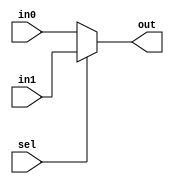
module coreir_mux #(parameter width=1) (
  input [width-1:0] in0,
  input [width-1:0] in1,
  input sel,
  output [width-1:0] out
);
  assign out = sel ? in1 : in0;

endmodule  // coreir_mux

// Generated from commonlib.muxn(N:2, width:16)
module muxn_U7 (
  input [15:0] in_data_0,
  input [15:0] in_data_1,
  input [0:0] in_sel,
  output [15:0] out
);


  // Instancing generated Module: coreir.mux(width:16)
  wire [15:0] _join__in0;
  wire [15:0] _join__in1;
  wire [15:0] _join__out;
  wire  _join__sel;
  coreir_mux #(.width(16)) _join(
    .in0(_join__in0),
    .in1(_join__in1),
    .out(_join__out),
    .sel(_join__sel)
  );

  assign _join__in0[15:0] = in_data_0[15:0];

  assign _join__in1[15:0] = in_data_1[15:0];

  assign out[15:0] = _join__out[15:0];

  assign _join__sel = in_sel[0];


endmodule  // muxn_U7

module coreir_reg #(parameter clk_posedge=1, parameter init=1, parameter width=1) (
  input clk,
  input [width-1:0] in,
  output [width-1:0] out
);
  reg [width-1:0] outReg=init;
  wire real_clk;
  assign real_clk = clk_posedge ? clk : ~clk;
  always @(posedge real_clk) begin
    outReg <= in;
  end
  assign out = outReg;

endmodule  // coreir_reg

module coreir_slice #(parameter hi=1, parameter lo=1, parameter width=1) (
  input [width-1:0] in,
  output [hi-lo-1:0] out
);
  assign out = in[hi-1:lo];

endmodule  // coreir_slice

// Generated from commonlib.muxn(N:4, width:16)
module muxn_U5 (
  input [15:0] in_data_0,
  input [15:0] in_data_1,
  input [15:0] in_data_2,
  input [15:0] in_data_3,
  input [1:0] in_sel,
  output [15:0] out
);


  // Instancing generated Module: coreir.mux(width:16)
  wire [15:0] _join__in0;
  wire [15:0] _join__in1;
  wire [15:0] _join__out;
  wire  _join__sel;
  coreir_mux #(.width(16)) _join(
    .in0(_join__in0),
    .in1(_join__in1),
    .out(_join__out),
    .sel(_join__sel)
  );

  // Instancing generated Module: commonlib.muxn(N:2, width:16)
  wire [15:0] muxN_0__in_data_0;
  wire [15:0] muxN_0__in_data_1;
  wire [0:0] muxN_0__in_sel;
  wire [15:0] muxN_0__out;
  muxn_U7 muxN_0(
    .in_data_0(muxN_0__in_data_0),
    .in_data_1(muxN_0__in_data_1),
    .in_sel(muxN_0__in_sel),
    .out(muxN_0__out)
  );

  // Instancing generated Module: commonlib.muxn(N:2, width:16)
  wire [15:0] muxN_1__in_data_0;
  wire [15:0] muxN_1__in_data_1;
  wire [0:0] muxN_1__in_sel;
  wire [15:0] muxN_1__out;
  muxn_U7 muxN_1(
    .in_data_0(muxN_1__in_data_0),
    .in_data_1(muxN_1__in_data_1),
    .in_sel(muxN_1__in_sel),
    .out(muxN_1__out)
  );

  // Instancing generated Module: coreir.slice(hi:1, lo:0, width:2)
  wire [1:0] sel_slice0__in;
  wire [0:0] sel_slice0__out;
  coreir_slice #(.hi(1),.lo(0),.width(2)) sel_slice0(
    .in(sel_slice0__in),
    .out(sel_slice0__out)
  );

  // Instancing generated Module: coreir.slice(hi:1, lo:0, width:2)
  wire [1:0] sel_slice1__in;
  wire [0:0] sel_slice1__out;
  coreir_slice #(.hi(1),.lo(0),.width(2)) sel_slice1(
    .in(sel_slice1__in),
    .out(sel_slice1__out)
  );

  assign _join__in0[15:0] = muxN_0__out[15:0];

  assign _join__in1[15:0] = muxN_1__out[15:0];

  assign out[15:0] = _join__out[15:0];

  assign _join__sel = in_sel[1];

  assign muxN_0__in_data_0[15:0] = in_data_0[15:0];

  assign muxN_0__in_data_1[15:0] = in_data_1[15:0];

  assign muxN_0__in_sel[0:0] = sel_slice0__out[0:0];

  assign muxN_1__in_data_0[15:0] = in_data_2[15:0];

  assign muxN_1__in_data_1[15:0] = in_data_3[15:0];

  assign muxN_1__in_sel[0:0] = sel_slice1__out[0:0];

  assign sel_slice0__in[1:0] = in_sel[1:0];

  assign sel_slice1__in[1:0] = in_sel[1:0];


endmodule  // muxn_U5

// Generated from commonlib.muxn(N:8, width:16)
module muxn_U3 (
  input [15:0] in_data_0,
  input [15:0] in_data_1,
  input [15:0] in_data_2,
  input [15:0] in_data_3,
  input [15:0] in_data_4,
  input [15:0] in_data_5,
  input [15:0] in_data_6,
  input [15:0] in_data_7,
  input [2:0] in_sel,
  output [15:0] out
);


  // Instancing generated Module: coreir.mux(width:16)
  wire [15:0] _join__in0;
  wire [15:0] _join__in1;
  wire [15:0] _join__out;
  wire  _join__sel;
  coreir_mux #(.width(16)) _join(
    .in0(_join__in0),
    .in1(_join__in1),
    .out(_join__out),
    .sel(_join__sel)
  );

  // Instancing generated Module: commonlib.muxn(N:4, width:16)
  wire [15:0] muxN_0__in_data_0;
  wire [15:0] muxN_0__in_data_1;
  wire [15:0] muxN_0__in_data_2;
  wire [15:0] muxN_0__in_data_3;
  wire [1:0] muxN_0__in_sel;
  wire [15:0] muxN_0__out;
  muxn_U5 muxN_0(
    .in_data_0(muxN_0__in_data_0),
    .in_data_1(muxN_0__in_data_1),
    .in_data_2(muxN_0__in_data_2),
    .in_data_3(muxN_0__in_data_3),
    .in_sel(muxN_0__in_sel),
    .out(muxN_0__out)
  );

  // Instancing generated Module: commonlib.muxn(N:4, width:16)
  wire [15:0] muxN_1__in_data_0;
  wire [15:0] muxN_1__in_data_1;
  wire [15:0] muxN_1__in_data_2;
  wire [15:0] muxN_1__in_data_3;
  wire [1:0] muxN_1__in_sel;
  wire [15:0] muxN_1__out;
  muxn_U5 muxN_1(
    .in_data_0(muxN_1__in_data_0),
    .in_data_1(muxN_1__in_data_1),
    .in_data_2(muxN_1__in_data_2),
    .in_data_3(muxN_1__in_data_3),
    .in_sel(muxN_1__in_sel),
    .out(muxN_1__out)
  );

  // Instancing generated Module: coreir.slice(hi:2, lo:0, width:3)
  wire [2:0] sel_slice0__in;
  wire [1:0] sel_slice0__out;
  coreir_slice #(.hi(2),.lo(0),.width(3)) sel_slice0(
    .in(sel_slice0__in),
    .out(sel_slice0__out)
  );

  // Instancing generated Module: coreir.slice(hi:2, lo:0, width:3)
  wire [2:0] sel_slice1__in;
  wire [1:0] sel_slice1__out;
  coreir_slice #(.hi(2),.lo(0),.width(3)) sel_slice1(
    .in(sel_slice1__in),
    .out(sel_slice1__out)
  );

  assign _join__in0[15:0] = muxN_0__out[15:0];

  assign _join__in1[15:0] = muxN_1__out[15:0];

  assign out[15:0] = _join__out[15:0];

  assign _join__sel = in_sel[2];

  assign muxN_0__in_data_0[15:0] = in_data_0[15:0];

  assign muxN_0__in_data_1[15:0] = in_data_1[15:0];

  assign muxN_0__in_data_2[15:0] = in_data_2[15:0];

  assign muxN_0__in_data_3[15:0] = in_data_3[15:0];

  assign muxN_0__in_sel[1:0] = sel_slice0__out[1:0];

  assign muxN_1__in_data_0[15:0] = in_data_4[15:0];

  assign muxN_1__in_data_1[15:0] = in_data_5[15:0];

  assign muxN_1__in_data_2[15:0] = in_data_6[15:0];

  assign muxN_1__in_data_3[15:0] = in_data_7[15:0];

  assign muxN_1__in_sel[1:0] = sel_slice1__out[1:0];

  assign sel_slice0__in[2:0] = in_sel[2:0];

  assign sel_slice1__in[2:0] = in_sel[2:0];


endmodule  // muxn_U3

// Generated from commonlib.muxn(N:16, width:16)
module muxn_U0 (
  input [15:0] in_data_0,
  input [15:0] in_data_1,
  input [15:0] in_data_10,
  input [15:0] in_data_11,
  input [15:0] in_data_12,
  input [15:0] in_data_13,
  input [15:0] in_data_14,
  input [15:0] in_data_15,
  input [15:0] in_data_2,
  input [15:0] in_data_3,
  input [15:0] in_data_4,
  input [15:0] in_data_5,
  input [15:0] in_data_6,
  input [15:0] in_data_7,
  input [15:0] in_data_8,
  input [15:0] in_data_9,
  input [3:0] in_sel,
  output [15:0] out
);


  // Instancing generated Module: coreir.mux(width:16)
  wire [15:0] _join__in0;
  wire [15:0] _join__in1;
  wire [15:0] _join__out;
  wire  _join__sel;
  coreir_mux #(.width(16)) _join(
    .in0(_join__in0),
    .in1(_join__in1),
    .out(_join__out),
    .sel(_join__sel)
  );

  // Instancing generated Module: commonlib.muxn(N:8, width:16)
  wire [15:0] muxN_0__in_data_0;
  wire [15:0] muxN_0__in_data_1;
  wire [15:0] muxN_0__in_data_2;
  wire [15:0] muxN_0__in_data_3;
  wire [15:0] muxN_0__in_data_4;
  wire [15:0] muxN_0__in_data_5;
  wire [15:0] muxN_0__in_data_6;
  wire [15:0] muxN_0__in_data_7;
  wire [2:0] muxN_0__in_sel;
  wire [15:0] muxN_0__out;
  muxn_U3 muxN_0(
    .in_data_0(muxN_0__in_data_0),
    .in_data_1(muxN_0__in_data_1),
    .in_data_2(muxN_0__in_data_2),
    .in_data_3(muxN_0__in_data_3),
    .in_data_4(muxN_0__in_data_4),
    .in_data_5(muxN_0__in_data_5),
    .in_data_6(muxN_0__in_data_6),
    .in_data_7(muxN_0__in_data_7),
    .in_sel(muxN_0__in_sel),
    .out(muxN_0__out)
  );

  // Instancing generated Module: commonlib.muxn(N:8, width:16)
  wire [15:0] muxN_1__in_data_0;
  wire [15:0] muxN_1__in_data_1;
  wire [15:0] muxN_1__in_data_2;
  wire [15:0] muxN_1__in_data_3;
  wire [15:0] muxN_1__in_data_4;
  wire [15:0] muxN_1__in_data_5;
  wire [15:0] muxN_1__in_data_6;
  wire [15:0] muxN_1__in_data_7;
  wire [2:0] muxN_1__in_sel;
  wire [15:0] muxN_1__out;
  muxn_U3 muxN_1(
    .in_data_0(muxN_1__in_data_0),
    .in_data_1(muxN_1__in_data_1),
    .in_data_2(muxN_1__in_data_2),
    .in_data_3(muxN_1__in_data_3),
    .in_data_4(muxN_1__in_data_4),
    .in_data_5(muxN_1__in_data_5),
    .in_data_6(muxN_1__in_data_6),
    .in_data_7(muxN_1__in_data_7),
    .in_sel(muxN_1__in_sel),
    .out(muxN_1__out)
  );

  // Instancing generated Module: coreir.slice(hi:3, lo:0, width:4)
  wire [3:0] sel_slice0__in;
  wire [2:0] sel_slice0__out;
  coreir_slice #(.hi(3),.lo(0),.width(4)) sel_slice0(
    .in(sel_slice0__in),
    .out(sel_slice0__out)
  );

  // Instancing generated Module: coreir.slice(hi:3, lo:0, width:4)
  wire [3:0] sel_slice1__in;
  wire [2:0] sel_slice1__out;
  coreir_slice #(.hi(3),.lo(0),.width(4)) sel_slice1(
    .in(sel_slice1__in),
    .out(sel_slice1__out)
  );

  assign _join__in0[15:0] = muxN_0__out[15:0];

  assign _join__in1[15:0] = muxN_1__out[15:0];

  assign out[15:0] = _join__out[15:0];

  assign _join__sel = in_sel[3];

  assign muxN_0__in_data_0[15:0] = in_data_0[15:0];

  assign muxN_0__in_data_1[15:0] = in_data_1[15:0];

  assign muxN_0__in_data_2[15:0] = in_data_2[15:0];

  assign muxN_0__in_data_3[15:0] = in_data_3[15:0];

  assign muxN_0__in_data_4[15:0] = in_data_4[15:0];

  assign muxN_0__in_data_5[15:0] = in_data_5[15:0];

  assign muxN_0__in_data_6[15:0] = in_data_6[15:0];

  assign muxN_0__in_data_7[15:0] = in_data_7[15:0];

  assign muxN_0__in_sel[2:0] = sel_slice0__out[2:0];

  assign muxN_1__in_data_0[15:0] = in_data_8[15:0];

  assign muxN_1__in_data_1[15:0] = in_data_9[15:0];

  assign muxN_1__in_data_2[15:0] = in_data_10[15:0];

  assign muxN_1__in_data_3[15:0] = in_data_11[15:0];

  assign muxN_1__in_data_4[15:0] = in_data_12[15:0];

  assign muxN_1__in_data_5[15:0] = in_data_13[15:0];

  assign muxN_1__in_data_6[15:0] = in_data_14[15:0];

  assign muxN_1__in_data_7[15:0] = in_data_15[15:0];

  assign muxN_1__in_sel[2:0] = sel_slice1__out[2:0];

  assign sel_slice0__in[3:0] = in_sel[3:0];

  assign sel_slice1__in[3:0] = in_sel[3:0];


endmodule  // muxn_U0

module Mux16xOut$Bits$16$$ (
  input [15:0] I0,
  input [15:0] I1,
  input [15:0] I10,
  input [15:0] I11,
  input [15:0] I12,
  input [15:0] I13,
  input [15:0] I14,
  input [15:0] I15,
  input [15:0] I2,
  input [15:0] I3,
  input [15:0] I4,
  input [15:0] I5,
  input [15:0] I6,
  input [15:0] I7,
  input [15:0] I8,
  input [15:0] I9,
  output [15:0] O,
  input [3:0] S
);


  // Instancing generated Module: commonlib.muxn(N:16, width:16)
  wire [15:0] coreir_commonlib_mux16x16_inst0__in_data_0;
  wire [15:0] coreir_commonlib_mux16x16_inst0__in_data_1;
  wire [15:0] coreir_commonlib_mux16x16_inst0__in_data_10;
  wire [15:0] coreir_commonlib_mux16x16_inst0__in_data_11;
  wire [15:0] coreir_commonlib_mux16x16_inst0__in_data_12;
  wire [15:0] coreir_commonlib_mux16x16_inst0__in_data_13;
  wire [15:0] coreir_commonlib_mux16x16_inst0__in_data_14;
  wire [15:0] coreir_commonlib_mux16x16_inst0__in_data_15;
  wire [15:0] coreir_commonlib_mux16x16_inst0__in_data_2;
  wire [15:0] coreir_commonlib_mux16x16_inst0__in_data_3;
  wire [15:0] coreir_commonlib_mux16x16_inst0__in_data_4;
  wire [15:0] coreir_commonlib_mux16x16_inst0__in_data_5;
  wire [15:0] coreir_commonlib_mux16x16_inst0__in_data_6;
  wire [15:0] coreir_commonlib_mux16x16_inst0__in_data_7;
  wire [15:0] coreir_commonlib_mux16x16_inst0__in_data_8;
  wire [15:0] coreir_commonlib_mux16x16_inst0__in_data_9;
  wire [3:0] coreir_commonlib_mux16x16_inst0__in_sel;
  wire [15:0] coreir_commonlib_mux16x16_inst0__out;
  muxn_U0 coreir_commonlib_mux16x16_inst0(
    .in_data_0(coreir_commonlib_mux16x16_inst0__in_data_0),
    .in_data_1(coreir_commonlib_mux16x16_inst0__in_data_1),
    .in_data_10(coreir_commonlib_mux16x16_inst0__in_data_10),
    .in_data_11(coreir_commonlib_mux16x16_inst0__in_data_11),
    .in_data_12(coreir_commonlib_mux16x16_inst0__in_data_12),
    .in_data_13(coreir_commonlib_mux16x16_inst0__in_data_13),
    .in_data_14(coreir_commonlib_mux16x16_inst0__in_data_14),
    .in_data_15(coreir_commonlib_mux16x16_inst0__in_data_15),
    .in_data_2(coreir_commonlib_mux16x16_inst0__in_data_2),
    .in_data_3(coreir_commonlib_mux16x16_inst0__in_data_3),
    .in_data_4(coreir_commonlib_mux16x16_inst0__in_data_4),
    .in_data_5(coreir_commonlib_mux16x16_inst0__in_data_5),
    .in_data_6(coreir_commonlib_mux16x16_inst0__in_data_6),
    .in_data_7(coreir_commonlib_mux16x16_inst0__in_data_7),
    .in_data_8(coreir_commonlib_mux16x16_inst0__in_data_8),
    .in_data_9(coreir_commonlib_mux16x16_inst0__in_data_9),
    .in_sel(coreir_commonlib_mux16x16_inst0__in_sel),
    .out(coreir_commonlib_mux16x16_inst0__out)
  );

  assign coreir_commonlib_mux16x16_inst0__in_data_0[15:0] = I0[15:0];

  assign coreir_commonlib_mux16x16_inst0__in_data_1[15:0] = I1[15:0];

  assign coreir_commonlib_mux16x16_inst0__in_data_10[15:0] = I10[15:0];

  assign coreir_commonlib_mux16x16_inst0__in_data_11[15:0] = I11[15:0];

  assign coreir_commonlib_mux16x16_inst0__in_data_12[15:0] = I12[15:0];

  assign coreir_commonlib_mux16x16_inst0__in_data_13[15:0] = I13[15:0];

  assign coreir_commonlib_mux16x16_inst0__in_data_14[15:0] = I14[15:0];

  assign coreir_commonlib_mux16x16_inst0__in_data_15[15:0] = I15[15:0];

  assign coreir_commonlib_mux16x16_inst0__in_data_2[15:0] = I2[15:0];

  assign coreir_commonlib_mux16x16_inst0__in_data_3[15:0] = I3[15:0];

  assign coreir_commonlib_mux16x16_inst0__in_data_4[15:0] = I4[15:0];

  assign coreir_commonlib_mux16x16_inst0__in_data_5[15:0] = I5[15:0];

  assign coreir_commonlib_mux16x16_inst0__in_data_6[15:0] = I6[15:0];

  assign coreir_commonlib_mux16x16_inst0__in_data_7[15:0] = I7[15:0];

  assign coreir_commonlib_mux16x16_inst0__in_data_8[15:0] = I8[15:0];

  assign coreir_commonlib_mux16x16_inst0__in_data_9[15:0] = I9[15:0];

  assign coreir_commonlib_mux16x16_inst0__in_sel[3:0] = S[3:0];

  assign O[15:0] = coreir_commonlib_mux16x16_inst0__out[15:0];


endmodule  // Mux16xOut$Bits$16$$

module ROM (
  input  CLK,
  input [3:0] RADDR,
  output [15:0] RDATA
);


  wire [15:0] Mux16xOut$Bits$16$$_inst0__I0;
  wire [15:0] Mux16xOut$Bits$16$$_inst0__I1;
  wire [15:0] Mux16xOut$Bits$16$$_inst0__I10;
  wire [15:0] Mux16xOut$Bits$16$$_inst0__I11;
  wire [15:0] Mux16xOut$Bits$16$$_inst0__I12;
  wire [15:0] Mux16xOut$Bits$16$$_inst0__I13;
  wire [15:0] Mux16xOut$Bits$16$$_inst0__I14;
  wire [15:0] Mux16xOut$Bits$16$$_inst0__I15;
  wire [15:0] Mux16xOut$Bits$16$$_inst0__I2;
  wire [15:0] Mux16xOut$Bits$16$$_inst0__I3;
  wire [15:0] Mux16xOut$Bits$16$$_inst0__I4;
  wire [15:0] Mux16xOut$Bits$16$$_inst0__I5;
  wire [15:0] Mux16xOut$Bits$16$$_inst0__I6;
  wire [15:0] Mux16xOut$Bits$16$$_inst0__I7;
  wire [15:0] Mux16xOut$Bits$16$$_inst0__I8;
  wire [15:0] Mux16xOut$Bits$16$$_inst0__I9;
  wire [15:0] Mux16xOut$Bits$16$$_inst0__O;
  wire [3:0] Mux16xOut$Bits$16$$_inst0__S;
  Mux16xOut$Bits$16$$ Mux16xOut$Bits$16$$_inst0(
    .I0(Mux16xOut$Bits$16$$_inst0__I0),
    .I1(Mux16xOut$Bits$16$$_inst0__I1),
    .I10(Mux16xOut$Bits$16$$_inst0__I10),
    .I11(Mux16xOut$Bits$16$$_inst0__I11),
    .I12(Mux16xOut$Bits$16$$_inst0__I12),
    .I13(Mux16xOut$Bits$16$$_inst0__I13),
    .I14(Mux16xOut$Bits$16$$_inst0__I14),
    .I15(Mux16xOut$Bits$16$$_inst0__I15),
    .I2(Mux16xOut$Bits$16$$_inst0__I2),
    .I3(Mux16xOut$Bits$16$$_inst0__I3),
    .I4(Mux16xOut$Bits$16$$_inst0__I4),
    .I5(Mux16xOut$Bits$16$$_inst0__I5),
    .I6(Mux16xOut$Bits$16$$_inst0__I6),
    .I7(Mux16xOut$Bits$16$$_inst0__I7),
    .I8(Mux16xOut$Bits$16$$_inst0__I8),
    .I9(Mux16xOut$Bits$16$$_inst0__I9),
    .O(Mux16xOut$Bits$16$$_inst0__O),
    .S(Mux16xOut$Bits$16$$_inst0__S)
  );

  // Instancing generated Module: coreir.reg(width:16)
  wire  reg_P_inst0__clk;
  wire [15:0] reg_P_inst0__in;
  wire [15:0] reg_P_inst0__out;
  coreir_reg #(.clk_posedge(1),.init(16'h6f67),.width(16)) reg_P_inst0(
    .clk(reg_P_inst0__clk),
    .in(reg_P_inst0__in),
    .out(reg_P_inst0__out)
  );

  // Instancing generated Module: coreir.reg(width:16)
  wire  reg_P_inst1__clk;
  wire [15:0] reg_P_inst1__in;
  wire [15:0] reg_P_inst1__out;
  coreir_reg #(.clk_posedge(1),.init(16'h4481),.width(16)) reg_P_inst1(
    .clk(reg_P_inst1__clk),
    .in(reg_P_inst1__in),
    .out(reg_P_inst1__out)
  );

  // Instancing generated Module: coreir.reg(width:16)
  wire  reg_P_inst10__clk;
  wire [15:0] reg_P_inst10__in;
  wire [15:0] reg_P_inst10__out;
  coreir_reg #(.clk_posedge(1),.init(16'hc1f9),.width(16)) reg_P_inst10(
    .clk(reg_P_inst10__clk),
    .in(reg_P_inst10__in),
    .out(reg_P_inst10__out)
  );

  // Instancing generated Module: coreir.reg(width:16)
  wire  reg_P_inst11__clk;
  wire [15:0] reg_P_inst11__in;
  wire [15:0] reg_P_inst11__out;
  coreir_reg #(.clk_posedge(1),.init(16'h99be),.width(16)) reg_P_inst11(
    .clk(reg_P_inst11__clk),
    .in(reg_P_inst11__in),
    .out(reg_P_inst11__out)
  );

  // Instancing generated Module: coreir.reg(width:16)
  wire  reg_P_inst12__clk;
  wire [15:0] reg_P_inst12__in;
  wire [15:0] reg_P_inst12__out;
  coreir_reg #(.clk_posedge(1),.init(16'hacdd),.width(16)) reg_P_inst12(
    .clk(reg_P_inst12__clk),
    .in(reg_P_inst12__in),
    .out(reg_P_inst12__out)
  );

  // Instancing generated Module: coreir.reg(width:16)
  wire  reg_P_inst13__clk;
  wire [15:0] reg_P_inst13__in;
  wire [15:0] reg_P_inst13__out;
  coreir_reg #(.clk_posedge(1),.init(16'h7846),.width(16)) reg_P_inst13(
    .clk(reg_P_inst13__clk),
    .in(reg_P_inst13__in),
    .out(reg_P_inst13__out)
  );

  // Instancing generated Module: coreir.reg(width:16)
  wire  reg_P_inst14__clk;
  wire [15:0] reg_P_inst14__in;
  wire [15:0] reg_P_inst14__out;
  coreir_reg #(.clk_posedge(1),.init(16'h39e3),.width(16)) reg_P_inst14(
    .clk(reg_P_inst14__clk),
    .in(reg_P_inst14__in),
    .out(reg_P_inst14__out)
  );

  // Instancing generated Module: coreir.reg(width:16)
  wire  reg_P_inst15__clk;
  wire [15:0] reg_P_inst15__in;
  wire [15:0] reg_P_inst15__out;
  coreir_reg #(.clk_posedge(1),.init(16'h7f2a),.width(16)) reg_P_inst15(
    .clk(reg_P_inst15__clk),
    .in(reg_P_inst15__in),
    .out(reg_P_inst15__out)
  );

  // Instancing generated Module: coreir.reg(width:16)
  wire  reg_P_inst2__clk;
  wire [15:0] reg_P_inst2__in;
  wire [15:0] reg_P_inst2__out;
  coreir_reg #(.clk_posedge(1),.init(16'h7dd7),.width(16)) reg_P_inst2(
    .clk(reg_P_inst2__clk),
    .in(reg_P_inst2__in),
    .out(reg_P_inst2__out)
  );

  // Instancing generated Module: coreir.reg(width:16)
  wire  reg_P_inst3__clk;
  wire [15:0] reg_P_inst3__in;
  wire [15:0] reg_P_inst3__out;
  coreir_reg #(.clk_posedge(1),.init(16'h9b6c),.width(16)) reg_P_inst3(
    .clk(reg_P_inst3__clk),
    .in(reg_P_inst3__in),
    .out(reg_P_inst3__out)
  );

  // Instancing generated Module: coreir.reg(width:16)
  wire  reg_P_inst4__clk;
  wire [15:0] reg_P_inst4__in;
  wire [15:0] reg_P_inst4__out;
  coreir_reg #(.clk_posedge(1),.init(16'h8b4c),.width(16)) reg_P_inst4(
    .clk(reg_P_inst4__clk),
    .in(reg_P_inst4__in),
    .out(reg_P_inst4__out)
  );

  // Instancing generated Module: coreir.reg(width:16)
  wire  reg_P_inst5__clk;
  wire [15:0] reg_P_inst5__in;
  wire [15:0] reg_P_inst5__out;
  coreir_reg #(.clk_posedge(1),.init(16'hccdd),.width(16)) reg_P_inst5(
    .clk(reg_P_inst5__clk),
    .in(reg_P_inst5__in),
    .out(reg_P_inst5__out)
  );

  // Instancing generated Module: coreir.reg(width:16)
  wire  reg_P_inst6__clk;
  wire [15:0] reg_P_inst6__in;
  wire [15:0] reg_P_inst6__out;
  coreir_reg #(.clk_posedge(1),.init(16'hd998),.width(16)) reg_P_inst6(
    .clk(reg_P_inst6__clk),
    .in(reg_P_inst6__in),
    .out(reg_P_inst6__out)
  );

  // Instancing generated Module: coreir.reg(width:16)
  wire  reg_P_inst7__clk;
  wire [15:0] reg_P_inst7__in;
  wire [15:0] reg_P_inst7__out;
  coreir_reg #(.clk_posedge(1),.init(16'h8d16),.width(16)) reg_P_inst7(
    .clk(reg_P_inst7__clk),
    .in(reg_P_inst7__in),
    .out(reg_P_inst7__out)
  );

  // Instancing generated Module: coreir.reg(width:16)
  wire  reg_P_inst8__clk;
  wire [15:0] reg_P_inst8__in;
  wire [15:0] reg_P_inst8__out;
  coreir_reg #(.clk_posedge(1),.init(16'hc0bd),.width(16)) reg_P_inst8(
    .clk(reg_P_inst8__clk),
    .in(reg_P_inst8__in),
    .out(reg_P_inst8__out)
  );

  // Instancing generated Module: coreir.reg(width:16)
  wire  reg_P_inst9__clk;
  wire [15:0] reg_P_inst9__in;
  wire [15:0] reg_P_inst9__out;
  coreir_reg #(.clk_posedge(1),.init(16'hefd6),.width(16)) reg_P_inst9(
    .clk(reg_P_inst9__clk),
    .in(reg_P_inst9__in),
    .out(reg_P_inst9__out)
  );

  assign Mux16xOut$Bits$16$$_inst0__I0[15:0] = reg_P_inst0__out[15:0];

  assign Mux16xOut$Bits$16$$_inst0__I1[15:0] = reg_P_inst1__out[15:0];

  assign Mux16xOut$Bits$16$$_inst0__I10[15:0] = reg_P_inst10__out[15:0];

  assign Mux16xOut$Bits$16$$_inst0__I11[15:0] = reg_P_inst11__out[15:0];

  assign Mux16xOut$Bits$16$$_inst0__I12[15:0] = reg_P_inst12__out[15:0];

  assign Mux16xOut$Bits$16$$_inst0__I13[15:0] = reg_P_inst13__out[15:0];

  assign Mux16xOut$Bits$16$$_inst0__I14[15:0] = reg_P_inst14__out[15:0];

  assign Mux16xOut$Bits$16$$_inst0__I15[15:0] = reg_P_inst15__out[15:0];

  assign Mux16xOut$Bits$16$$_inst0__I2[15:0] = reg_P_inst2__out[15:0];

  assign Mux16xOut$Bits$16$$_inst0__I3[15:0] = reg_P_inst3__out[15:0];

  assign Mux16xOut$Bits$16$$_inst0__I4[15:0] = reg_P_inst4__out[15:0];

  assign Mux16xOut$Bits$16$$_inst0__I5[15:0] = reg_P_inst5__out[15:0];

  assign Mux16xOut$Bits$16$$_inst0__I6[15:0] = reg_P_inst6__out[15:0];

  assign Mux16xOut$Bits$16$$_inst0__I7[15:0] = reg_P_inst7__out[15:0];

  assign Mux16xOut$Bits$16$$_inst0__I8[15:0] = reg_P_inst8__out[15:0];

  assign Mux16xOut$Bits$16$$_inst0__I9[15:0] = reg_P_inst9__out[15:0];

  assign RDATA[15:0] = Mux16xOut$Bits$16$$_inst0__O[15:0];

  assign Mux16xOut$Bits$16$$_inst0__S[3:0] = RADDR[3:0];

  assign reg_P_inst0__clk = CLK;

  assign reg_P_inst0__in[15:0] = reg_P_inst0__out[15:0];

  assign reg_P_inst1__clk = CLK;

  assign reg_P_inst1__in[15:0] = reg_P_inst1__out[15:0];

  assign reg_P_inst10__clk = CLK;

  assign reg_P_inst10__in[15:0] = reg_P_inst10__out[15:0];

  assign reg_P_inst11__clk = CLK;

  assign reg_P_inst11__in[15:0] = reg_P_inst11__out[15:0];

  assign reg_P_inst12__clk = CLK;

  assign reg_P_inst12__in[15:0] = reg_P_inst12__out[15:0];

  assign reg_P_inst13__clk = CLK;

  assign reg_P_inst13__in[15:0] = reg_P_inst13__out[15:0];

  assign reg_P_inst14__clk = CLK;

  assign reg_P_inst14__in[15:0] = reg_P_inst14__out[15:0];

  assign reg_P_inst15__clk = CLK;

  assign reg_P_inst15__in[15:0] = reg_P_inst15__out[15:0];

  assign reg_P_inst2__clk = CLK;

  assign reg_P_inst2__in[15:0] = reg_P_inst2__out[15:0];

  assign reg_P_inst3__clk = CLK;

  assign reg_P_inst3__in[15:0] = reg_P_inst3__out[15:0];

  assign reg_P_inst4__clk = CLK;

  assign reg_P_inst4__in[15:0] = reg_P_inst4__out[15:0];

  assign reg_P_inst5__clk = CLK;

  assign reg_P_inst5__in[15:0] = reg_P_inst5__out[15:0];

  assign reg_P_inst6__clk = CLK;

  assign reg_P_inst6__in[15:0] = reg_P_inst6__out[15:0];

  assign reg_P_inst7__clk = CLK;

  assign reg_P_inst7__in[15:0] = reg_P_inst7__out[15:0];

  assign reg_P_inst8__clk = CLK;

  assign reg_P_inst8__in[15:0] = reg_P_inst8__out[15:0];

  assign reg_P_inst9__clk = CLK;

  assign reg_P_inst9__in[15:0] = reg_P_inst9__out[15:0];


endmodule  // ROM